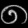
Digit: ၈